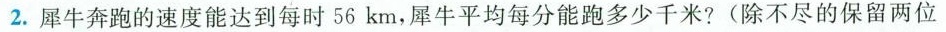
2.犀牛奔跑的速度能达到每时56km,犀牛平均每分能跑多少千米？（除不尽的保留两位）